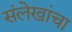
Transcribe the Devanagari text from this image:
संलेखांचा